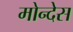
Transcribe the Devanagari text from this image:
मोन्देस